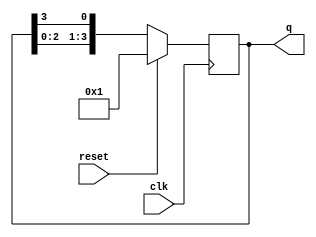
module ring_counter #(
    parameter N = 4  // Number of flip-flops
)(
    input wire clk,        // Clock input
    input wire reset,      // Synchronous reset input
    output reg [N-1:0] q   // Output state of the counter
);

    // Initial state of the counter
    initial begin
        q = 1'b1; // Set the initial state to '1000' for N=4
    end

    // Always block triggered on the rising edge of the clock
    always @(posedge clk) begin
        if (reset) begin
            q <= 1'b1; // Reset the counter to the initial state
        end else begin
            // Shift the '1' to the right
            q <= {q[N-2:0], q[N-1]}; // Shift the bits to the right
        end
    end

endmodule